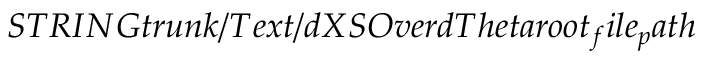
S T R I N G t r u n k / T e x t / d X S O v e r d T h e t a r o o t _ { f } i l e _ { p } a t h